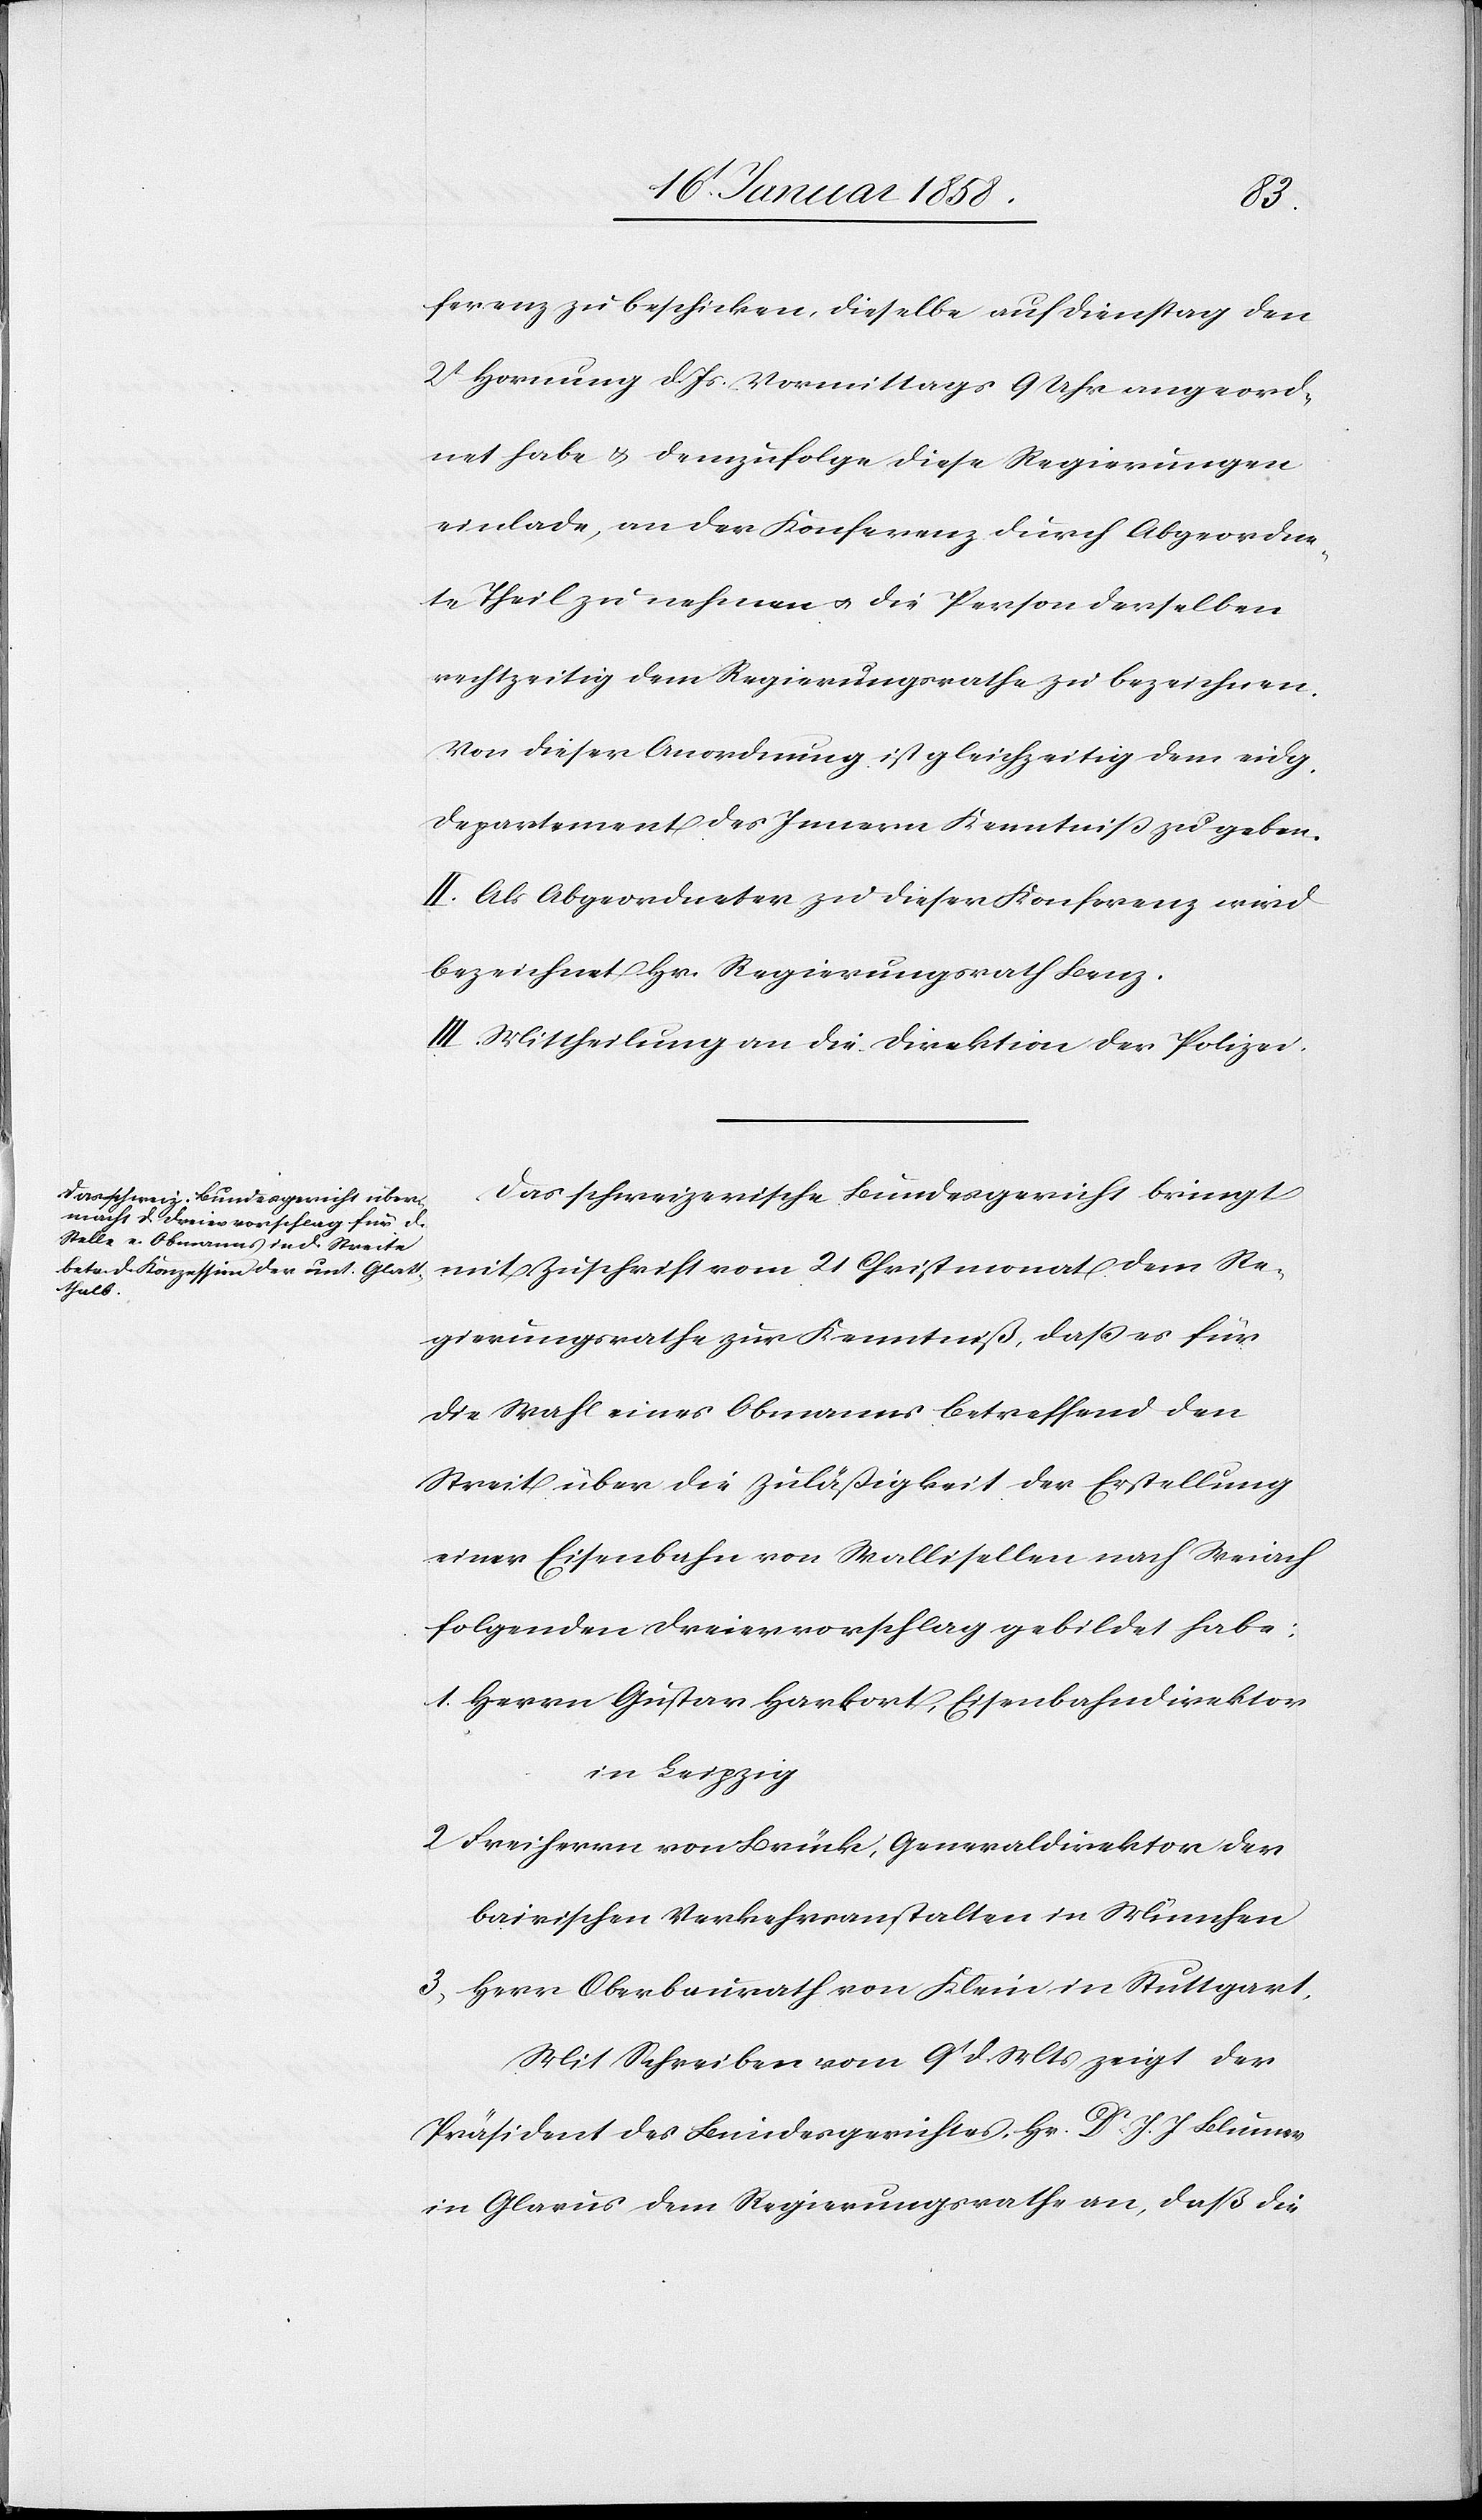
ferenz zu beschicken, dieselbe auf Dienstag den
2t Hornung d. Js. Vormittags 9 Uhr angeord¬
net habe u. demzufolge diese Regierungen
einlade, an der Konferenz durch Abgeordne¬
te Theil zu nehmen u. die Person derselben
rechtzeitig dem Regierungsrathe zu bezeichnen.
Von dieser Anordnung ist gleichzeitig dem eidg.
Departement des Innern Kenntniß zu geben.
II. Als Abgeordneter zu dieser Konferenz wird
bezeichnet Hr. Regierungsrath Benz.
III. Mittheilung an die Direktion der Polizei.
Das schweizerische Bundesgericht bringt
mit Zuschrift vom 21 Christmonat dem Re¬
gierungsrathe zur Kenntniß, daß es für
die Wahl eines Obmanns betreffend den
Streit über die Zuläßigkeit der Erstellung
einer Eisenbahn von Wallisellen nach Weiach
folgenden Dreiervorschlag gebildet habe:
1. Herrn Gustav Harkort, Eisenbahndirektor
in Leipzig
2 Freiherrn von Brück, Generaldirektor der
bairischen Verkehrsanstalten in München
3. Herr Oberbaurath von Klein in Stuttgart,
Mit Schreiben vom 9t d. Mts zeigt der
Präsident des Bundesgerichtes, Hr. Dr J. J. Blumer
in Glarus dem Regierungsrathe an, daß die